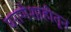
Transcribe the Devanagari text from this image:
घराणेशाहीतून